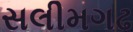
સલીમગઢ